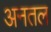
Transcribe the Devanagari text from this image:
अनतल